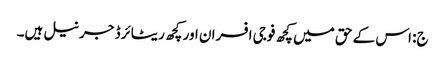
ج: اس کے حق میں کچھ فوجی افسران اور کچھ ریٹائرڈ جرنیل ہیں۔